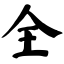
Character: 全